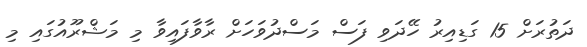
ދަތުރަށް 15 ގަޑިއިރު ހޭދަވި ފަސް މަސްދުވަހަށް ރާވާފައިވާ މި މަޝްރޫއުގައި މި